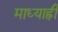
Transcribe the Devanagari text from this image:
माध्याह्नी